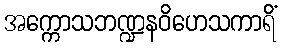
အက္ကောသဘဏ္ဍနဝိဟေသကာရိံ